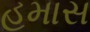
હમાસ